Vaccination in Bombay 1889-1901 - 1889-1901
Year: 1889
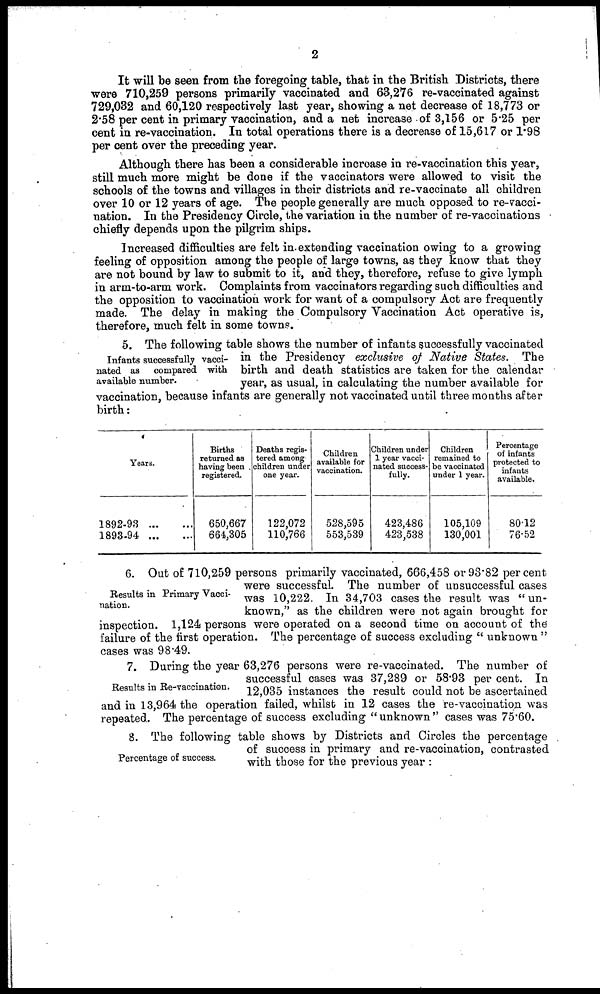
2
It will be seen from the foregoing table, that in the British Districts, there
were 710,259 persons primarily vaccinated and 63,276 re-vaccinated against
729,032 and 60,120 respectively last year, showing a net decrease of 18,773 or
2.58 per cent in primary vaccination, and a net increase of 3,156 or 5.25 per
cent in re-vaccination. In total operations there is a decrease of 15,617 or 1.98
per cent over the preceding year.
Although there has been a considerable increase in re-vaccination this year,
still much more might be done if the vaccinators were allowed to visit the
schools of the towns and villages in their districts and re-vaccinate all children
over 10 or 12 years of age. The people generally are much opposed to re-vacci-
nation. In the Presidency Circle, the variation in the number of re-vaccinations
chiefly depends upon the pilgrim ships.
Increased difficulties are felt in extending vaccination owing to a growing
feeling of opposition among the people of large towns, as they know that they
are not bound by law to submit to it, and they, therefore, refuse to give lymph
in arm-to-arm work. Complaints from vaccinators regarding such difficulties and
the opposition to vaccination work for want of a compulsory Act are frequently
made. The delay in making the Compulsory Vaccination Act operative is,
therefore, much felt in some towns.
Infants successfully vacci-
nated as compared with
available number.
5. The following table shows the number of infants successfully vaccinated
in the Presidency exclusive of Native States. The
birth and death statistics are taken for the calendar
year, as usual, in calculating the number available for
vaccination, because infants are generally not vaccinated until three months after
birth:
Years.
1892-93
...
...
1893-94
Births
returned as
having been
registered.
650,667
664,305
Deaths regis-
tered among
children under
one year.
122,072
110,766
Children
available for
vaccination.
528,595
553,539
Children under
1 year vacci-
nated success-
fully.
423,486
423,538
Children
remained to
be vaccinated
under 1 year.
105,109
130,001
Percentage
of infants
protected to
infants
available.
80.12
76.52
Results in Primary Vacci-
nation.
6. Out of 710,259 persons primarily vaccinated, 666,458 or 93.82 per cent
were successful. The number of unsuccessful cases
was 10,222. In 34,703 cases the result was " un-
known," as the children were not again brought for
inspection. 1,124 persons were operated on a second time on account of the
failure of the first operation. The percentage of success excluding " unknown "
cases was 98.49.
Results in Re-vaccination.
7. During the year 63,276 persons were re-vaccinated. The number of
successful cases was 37,289 or 58.93 per cent. In
12,035 instances the result could not be ascertained
and in 13,964 the operation failed, whilst in 12 cases the re-vaccination was
repeated. The percentage of success excluding "unknown" cases was 75.60.
Percentage of success.
8. The following table shows by Districts and Circles the percentage
of success in primary and re-vaccination, contrasted
with those for the previous year :